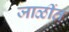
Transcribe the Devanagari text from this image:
जाळींत